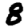
Digit: 8